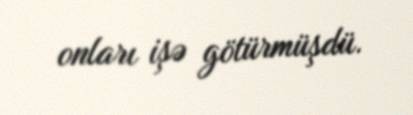
onları işə götürmüşdü.